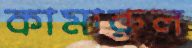
কামারুল